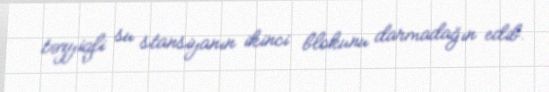
təzyiqli su stansiyanın ikinci blokunu darmadağın edib.